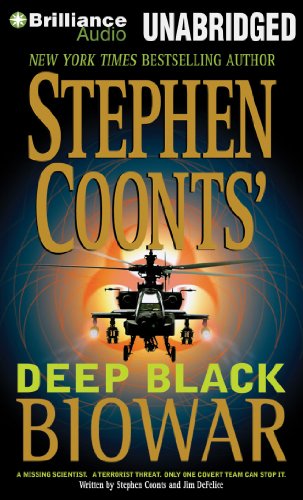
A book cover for Biowar (Deep Black Series); Stephen Coonts; Mystery, Thriller & Suspense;